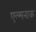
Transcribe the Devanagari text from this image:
एल्मनाक